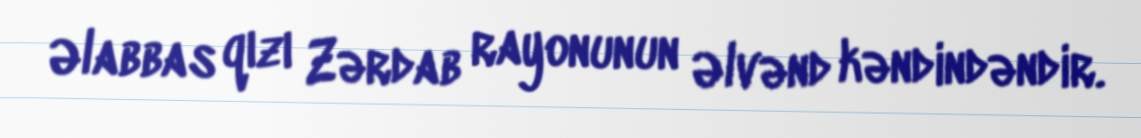
Əlabbas qızı Zərdab rayonunun Əlvənd kəndindəndir.